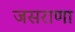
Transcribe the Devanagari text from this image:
जसराणा